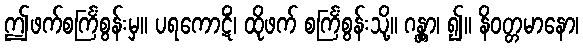
ဤဖက်စင်္ကြံစွန်းမှ။ ပရကောဋိံ၊ ထိုဖက် စင်္ကြံစွန်းသို့။ ဂန္တွာ၊ ၍။ နိဝတ္တမာနော၊